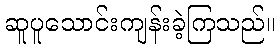
ဆူပူသောင်းကျန်းခဲ့ကြသည်။